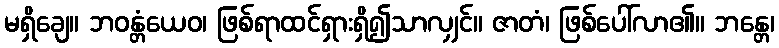
မရှိချေ။ ဘဝန္တံယေဝ၊ ဖြစ်ရာထင်ရှားရှိ၍သာလျှင်။ ဇာတံ၊ ဖြစ်ပေါ်လာ၏။ ဘန္တေ၊